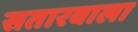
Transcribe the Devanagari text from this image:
सतारवाला